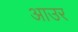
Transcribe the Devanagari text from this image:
आउर